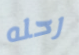
رحله